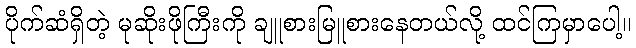
ပိုက်ဆံရှိတဲ့ မုဆိုးဖိုကြီးကို ချူစားမြူစားနေတယ်လို့ ထင်ကြမှာပေါ့။